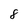
Character: 8